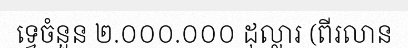
ទ្វេចំនួន ២.០០០.០០០ ដុល្លារ (ពីរលាន